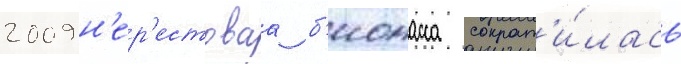
2009 н'ер'естоваа б'иомасса сократ'и́лась